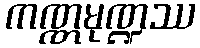
ကဏ္ဏမုဏ္ဍဿ